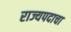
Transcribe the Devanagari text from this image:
राज्यपदाचा